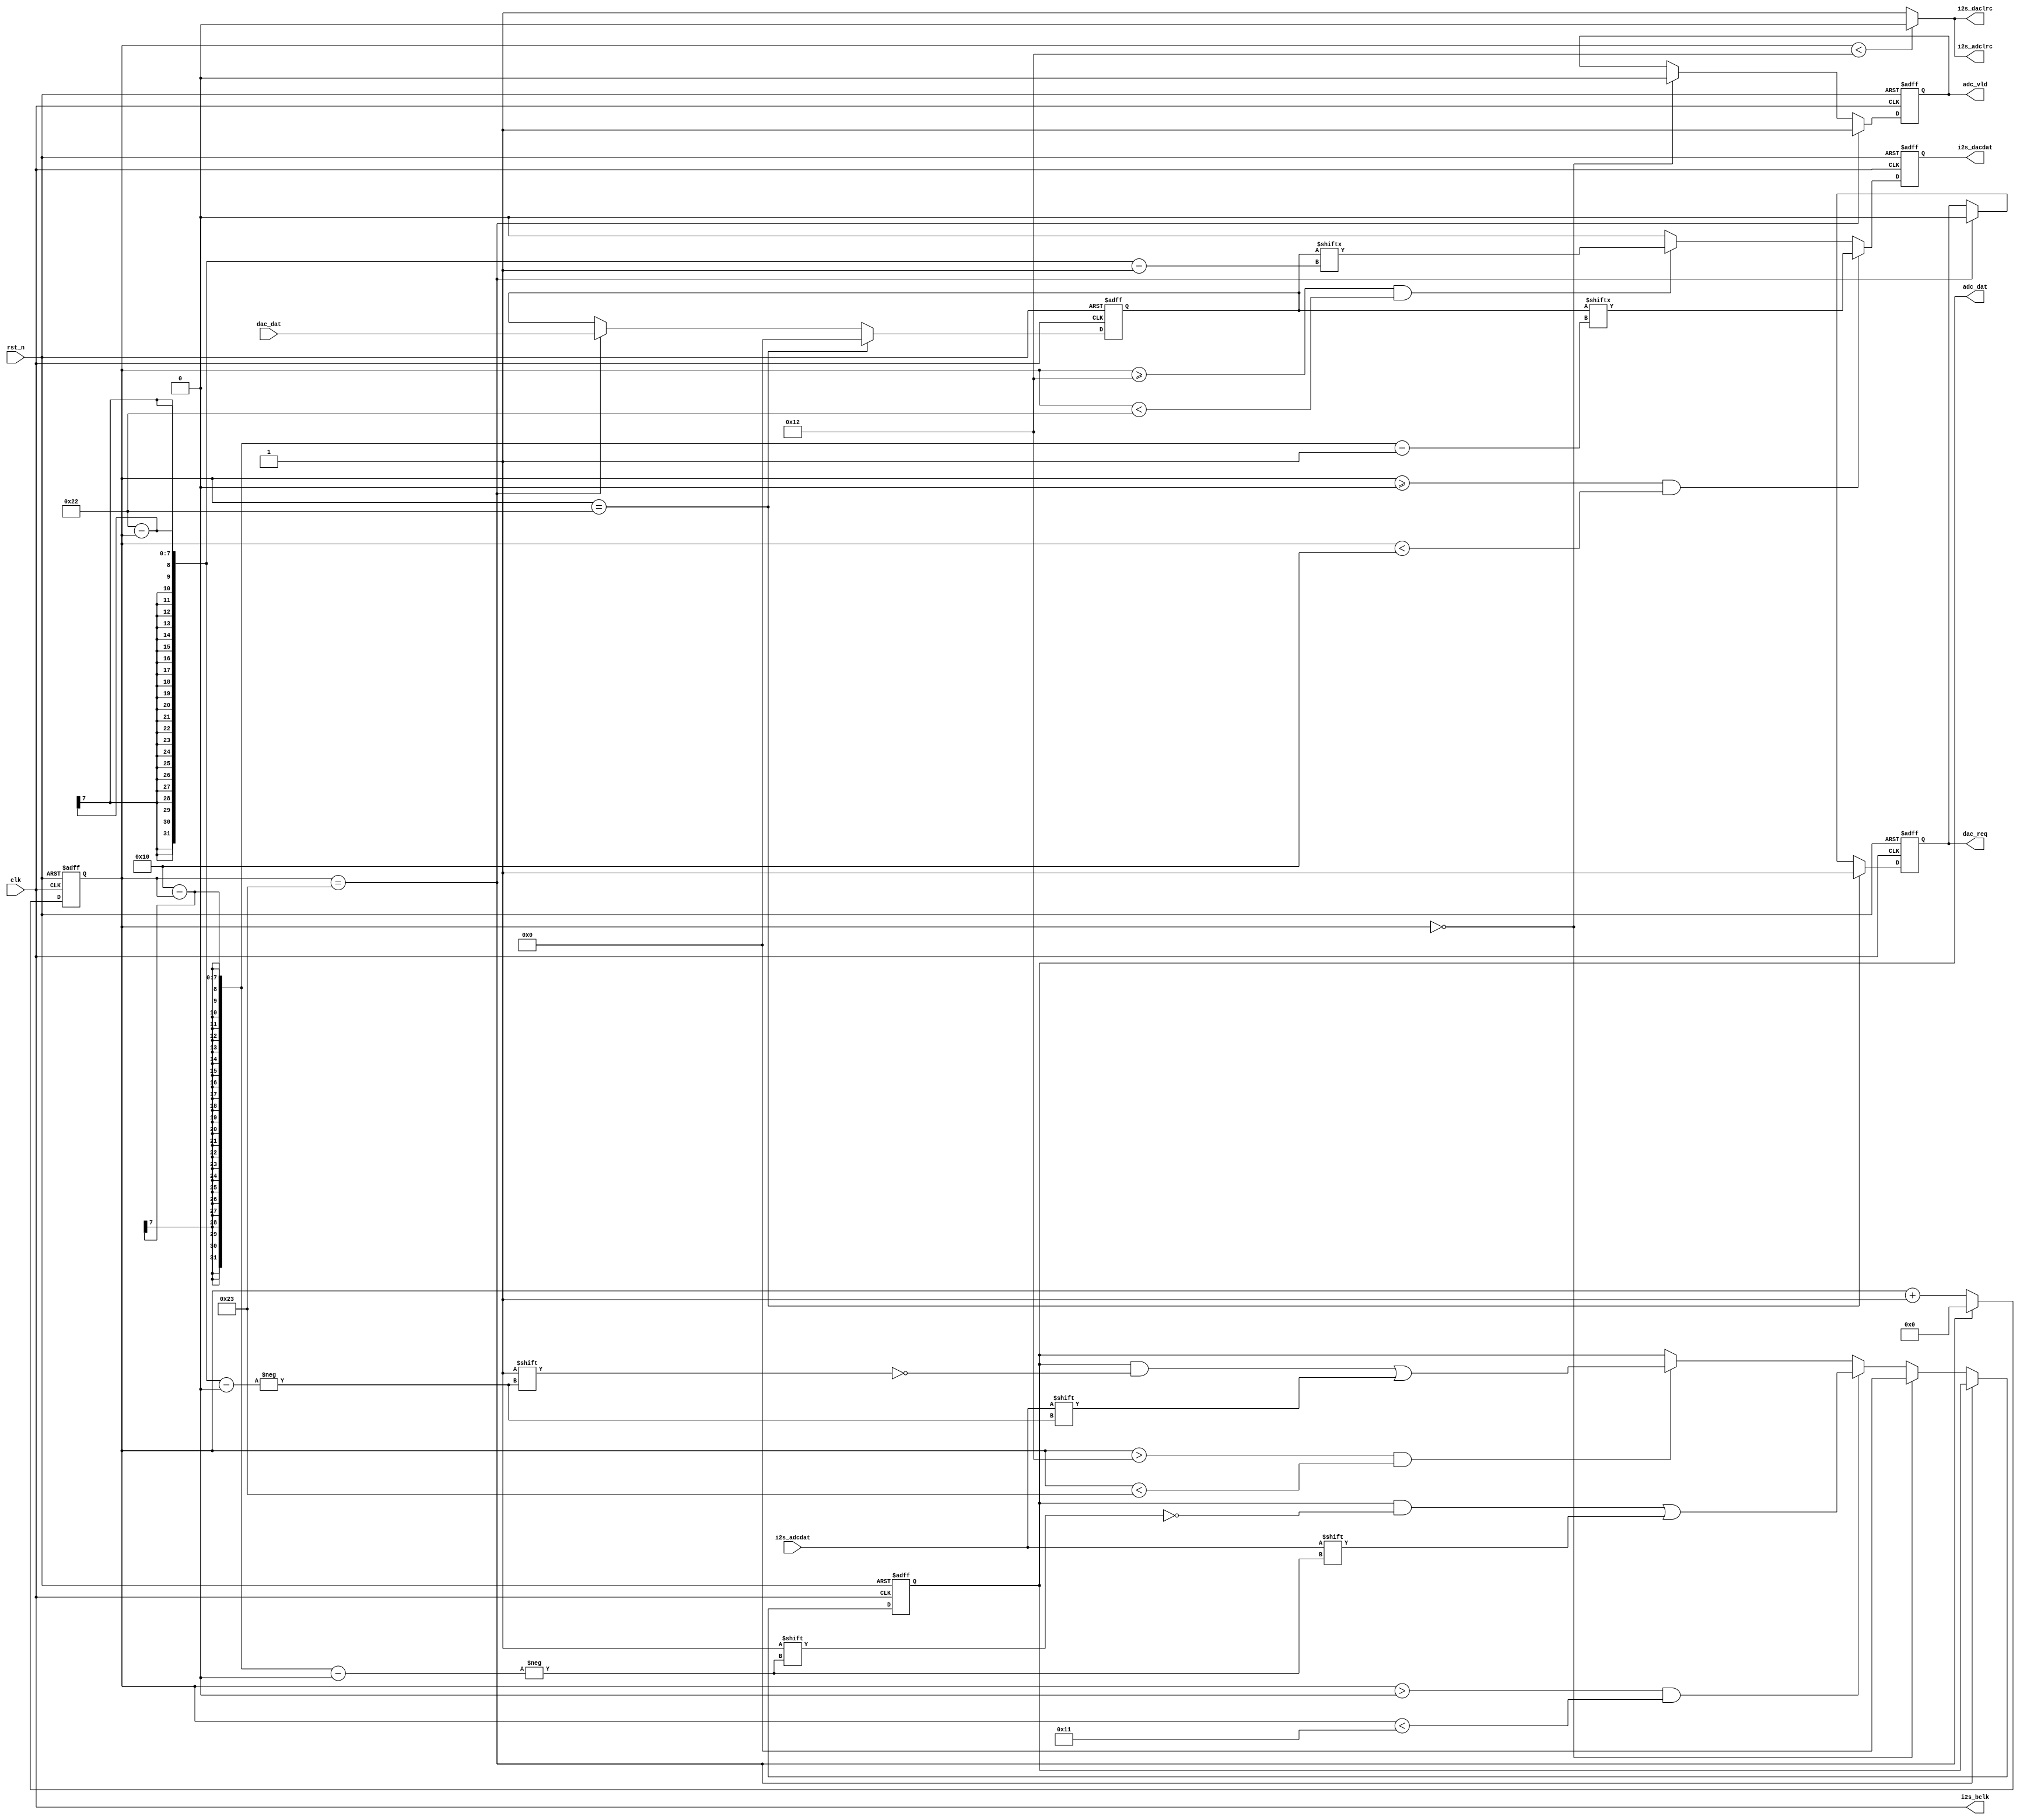
//***************************************************************************
//   Module name      :   
//   Email            :
//   Version          :   v1.0
//
//   Abstract         :   
//
//   Modification history
//   ------------------------------------------------------------------------
// Version       Date(yyyy/mm/dd)   name
// Description
//
// $Log$
//***************************************************************************
`timescale 1ns / 100ps
module I2S_ITF #(
	parameter	W = 16
	)(
	// Clock and Reset
	input	wire			clk,
	input	wire			rst_n,
	
	// I2S ADC
	output	reg				adc_vld,
	output	wire	[W-1:0]	adc_dat,
	// I2S DAC
	output	reg				dac_req,
	input	wire	[W-1:0]	dac_dat,
	
	// I2S Ports
	output	wire			i2s_bclk,
	output	wire			i2s_adclrc,
	input	wire			i2s_adcdat,
	output	wire			i2s_daclrc,
	output	reg				i2s_dacdat
);

// Since it is I2S Format, the input clock frequency should be: N * Fs
localparam	N = 2*W + 4;
reg		[$clog2(N) : 0]	i2s_cnt;
reg		[W-1 : 0]			i2s_dat_dac;
reg		[W-1 : 0]			i2s_dat_adc;

// I2S Timing Counter
always @ (negedge clk or negedge rst_n)
	if(!rst_n) begin
		i2s_cnt <= 'd0;
	end
	else begin
		if(i2s_cnt == N - 1)
			i2s_cnt <= 'd0;
		else
			i2s_cnt <= i2s_cnt + 1'b1;
	end

// DAC Timing
always @ (negedge clk or negedge rst_n)
	if(!rst_n ) begin
		dac_req <= 1'b0;
		i2s_dat_dac <= 'd0;
		i2s_dacdat <= 1'b0;
	end
	else begin
		if(i2s_cnt == N - 2) begin
			dac_req <= 1'b1;
			i2s_dat_dac <= 'd0;
		end
		else if(i2s_cnt == N - 1) begin
			dac_req <= 1'b0;
			i2s_dat_dac <= dac_dat;
		end
		
		if(i2s_cnt >= 0 && i2s_cnt < W) begin
			i2s_dacdat <= i2s_dat_dac[W - i2s_cnt - 1];
		end
		else if(i2s_cnt >= N/2 && i2s_cnt < N/2 + W) begin
			i2s_dacdat <= i2s_dat_dac[W + N/2 - i2s_cnt - 1];
		end
		else begin
			i2s_dacdat <= 1'b0;
		end
	end

// ADC Timing
always @ (posedge clk or negedge rst_n)
	if(!rst_n) begin
		adc_vld <= 1'b0;
		i2s_dat_adc <= 'd0;
	end
	else begin
		if(i2s_cnt == N -1) begin
			adc_vld <= 1'b1;
		end
		else if(i2s_cnt == 'd0) begin
			adc_vld <= 1'b0;
			i2s_dat_adc <= 'd0;
		end
		else if(i2s_cnt > 0 && i2s_cnt < W + 1) begin
			i2s_dat_adc[W - i2s_cnt] <= i2s_adcdat;
		end
		else if(i2s_cnt > N/2 && i2s_cnt < N/2 + W + 1) begin
			i2s_dat_adc[W + N/2 - i2s_cnt] <= i2s_adcdat;
		end
		else 
			i2s_dat_adc <= i2s_dat_adc;
	end

assign i2s_bclk = clk;

assign i2s_adclrc = i2s_cnt < N/2 ? 1'b0 : 1'b1;

assign i2s_daclrc = i2s_cnt < N/2 ? 1'b0 : 1'b1;

assign adc_dat = i2s_dat_adc;

endmodule